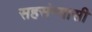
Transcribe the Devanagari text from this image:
सहसंन्यासी